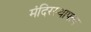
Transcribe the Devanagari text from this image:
मंदिरस्थापत्य